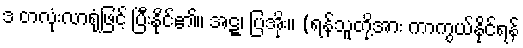
ဒ တလုံးလာရုံဖြင့် ပြီးနိုင်၏။ အဋ္ဋ၊ ပြအိုး။ (ရန်သူတို့အား ကာကွယ်နိုင်ရန်